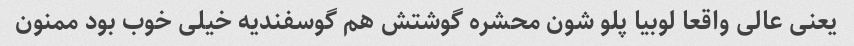
یعنی عالی واقعا لوبیا پلو شون محشره گوشتش هم گوسفندیه خیلی خوب بود ممنون